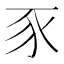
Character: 豕